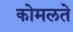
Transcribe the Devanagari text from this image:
कोमलते